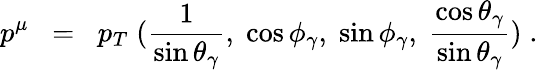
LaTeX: p^{\mu}\; \; =\; \; p_{T}\; (\frac{1}{\sin\theta_{\gamma}},\; \cos\phi_{\gamma},\; \sin\phi_{\gamma},\; \frac{\cos\theta_{\gamma}}{\sin\theta_{\gamma}})\; .